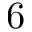
6